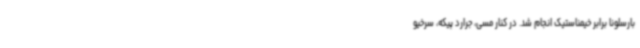
بارسلونا برابر خیمناستیک انجام شد. در کنار مسی، جرارد پیکه، سرخیو